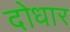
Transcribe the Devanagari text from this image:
दोधार